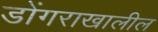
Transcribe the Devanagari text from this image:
डोंगराखालील